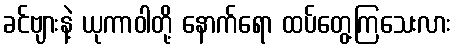
ခင်ဗျားနဲ့ ယုကာဝါတို့ နောက်ရော ထပ်တွေ့ကြသေးလား